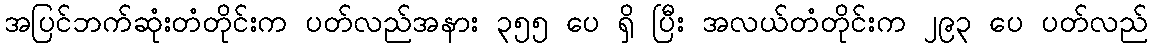
အပြင်ဘက်ဆုံးတံတိုင်းက ပတ်လည်အနား ၃၅၅ ပေ ရှိ ပြီး အလယ်တံတိုင်းက ၂၉၃ ပေ ပတ်လည်